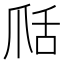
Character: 𦧍